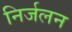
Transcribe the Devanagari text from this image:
निर्जलन